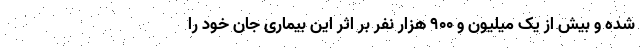
شده و بیش از یک میلیون و ۹۰۰ هزار نفر بر اثر این بیماری جان خود را